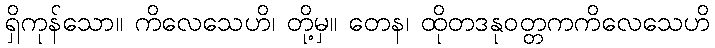
ရှိကုန်သော။ ကိလေသေဟိ၊ တို့မှ။ တေန၊ ထိုတဒနုဝတ္တကကိလေသေဟိ